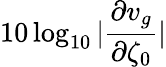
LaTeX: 10\log_{10}|\frac{\partial v_{g}}{\partial\zeta_{0}}|